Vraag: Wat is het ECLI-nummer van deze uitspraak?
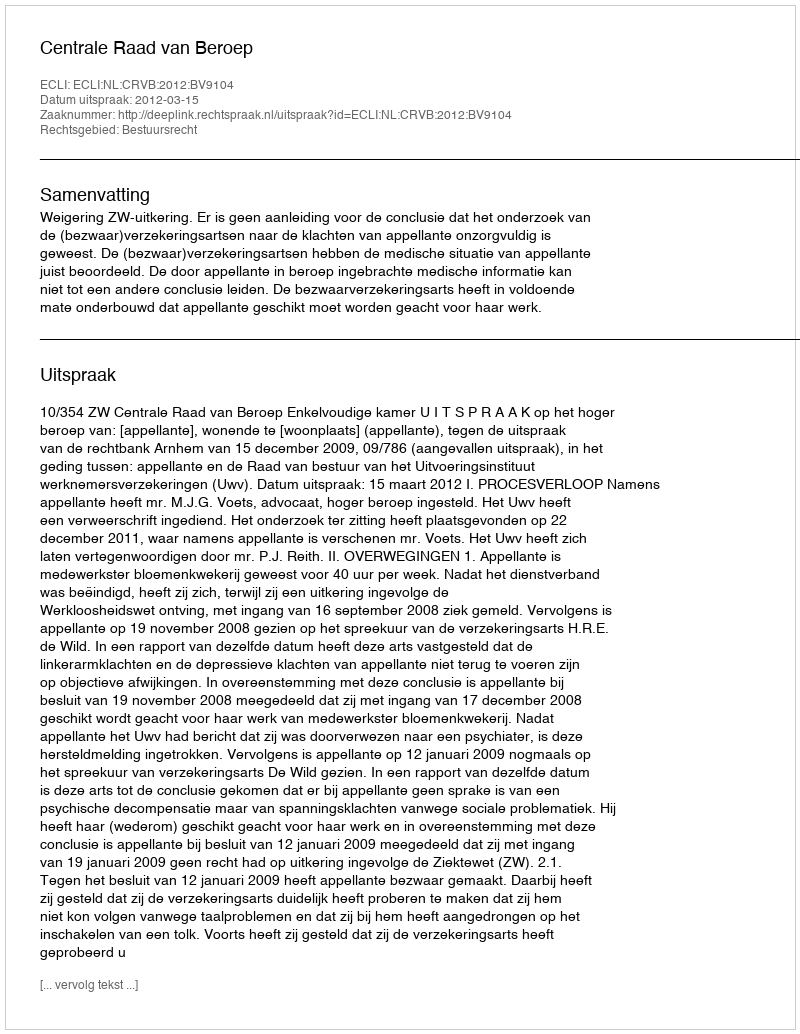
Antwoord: ECLI:NL:CRVB:2012:BV9104